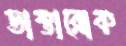
ডাক্তারোক